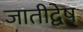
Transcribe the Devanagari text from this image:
जातीद्वेष